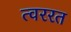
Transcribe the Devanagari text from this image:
त्वररत